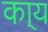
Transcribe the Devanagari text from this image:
का्य